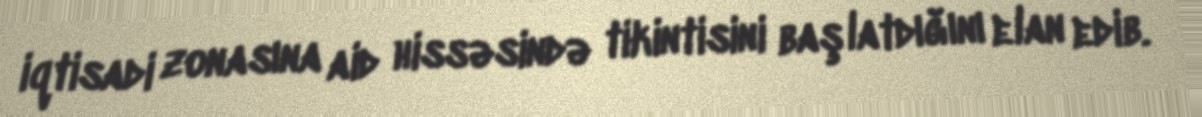
iqtisadi zonasına aid hissəsində tikintisini başlatdığını elan edib.